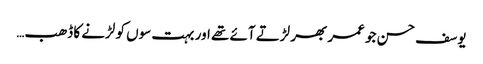
یوسف حسن جو عمر بھر لڑتے آئے تھے اور بہت سوں کو لڑنے کا ڈھب…